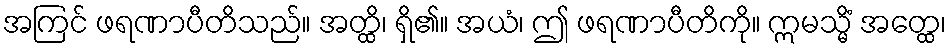
အကြင် ဖရဏာပီတိသည်။ အတ္ထိ၊ ရှိ၏။ အယံ၊ ဤ ဖရဏာပီတိကို။ ဣမသ္မိံ အတ္ထေ၊